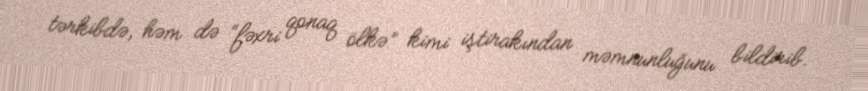
tərkibdə, həm də “fəxri qonaq ölkə” kimi iştirakından məmnunluğunu bildirib.